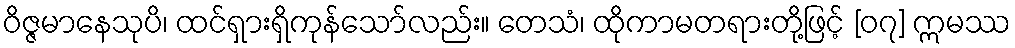
ဝိဇ္ဇမာနေသုပိ၊ ထင်ရှားရှိကုန်သော်လည်း။ တေသံ၊ ထိုကာမတရားတို့ဖြင့် [၀၇] ဣမဿ